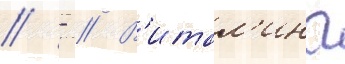
// - // В'итал'ина